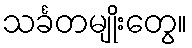
သင်္ခတမျိုးတွေ။